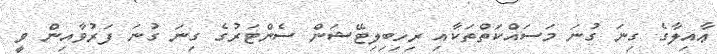
ޢާއިލާގެ ގިނަ ގުނަ މަސައްކަތްތަކާއި ރިހިބިލިޓޭޝަން ސެންޓަރުގެ ގިނަ ގުނަ ފަރުވާއިން ވީ